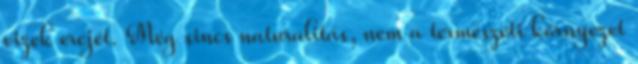
vizek erejét. Még sincs naturalitás, nem a természeti környezet